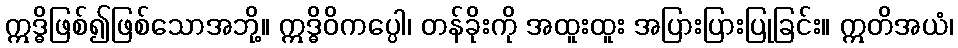
ဣဒ္ဓိဖြစ်၍ဖြစ်သောအဘို့။ ဣဒ္ဓိဝိကပ္ပေါ၊ တန်ခိုးကို အထူးထူး အပြားပြားပြုခြင်း။ ဣတိအယံ၊